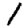
Digit: 1